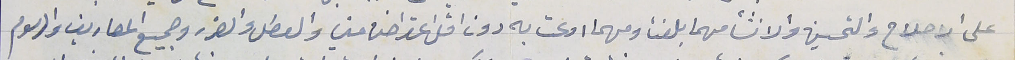
على الاصلاح والتحسين والانشأ مهما بلغت ومهما ادعت به دون اقل اعتراض مني والعطل والضرر وجميع المصاريف والرسوم